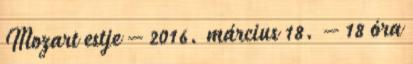
Mozart estje – 2016. március 18. – 18 óra